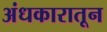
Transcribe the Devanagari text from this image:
अंधकारातून